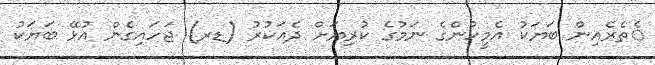
ެތެރެއިން ބަޔަކު އެމީހުންގެ ނަމުގެ ކުރިޔަށް ދެއަކުރު (ޑރ) ޖަހައިގެން އުޅޭ ބަޔަކު